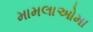
મામલાઓમા